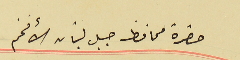
حضرة محافظ جبل الأفخم